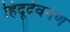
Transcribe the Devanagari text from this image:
हिंदूदेवगण